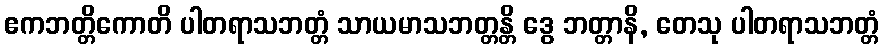
ဧကဘတ္တိကောတိ ပါတရာသဘတ္တံ သာယမာသဘတ္တန္တိ ဒွေ ဘတ္တာနိ, တေသု ပါတရာသဘတ္တံ